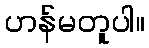
ဟန်မတူပါ။